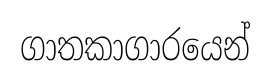
ගාතකාගාරයෙන්